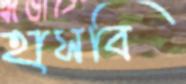
হাসবি